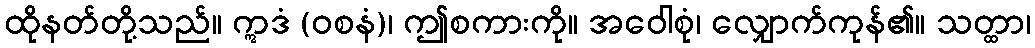
ထိုနတ်တို့သည်။ ဣဒံ (ဝစနံ)၊ ဤစကားကို။ အဝေါစုံ၊ လျှောက်ကုန်၏။ သတ္ထာ၊